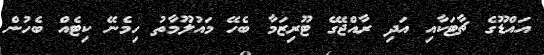
އައްޑޫގެ ޗާޓަކާއި އަދި ރާއްޖޭގެ ޓޫރިޒަމާ ބެހޭ މައުލޫމާތު ހިމެނޭ ކިޓެއް ބެހުން